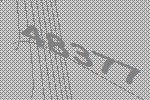
48377